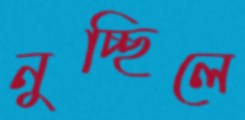
নুচ্ছিলে